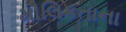
મૌલિકતાના